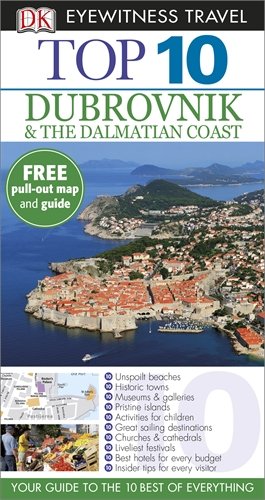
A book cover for Dubrovnik & the Dalmatian Coast (DK Eyewitness Top 10 Travel Guide); James Stewart; Travel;